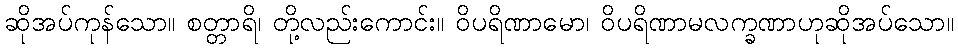
ဆိုအပ်ကုန်သော။ စတ္တာရိ၊ တို့လည်းကောင်း။ ဝိပရိဏာမော၊ ဝိပရိဏာမလက္ခဏာဟုဆိုအပ်သော။